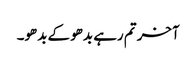
آخر تم رہے بدھو کے بدھو۔